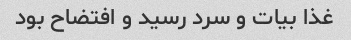
غذا بیات و سرد رسید و افتضاح بود